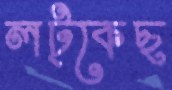
লট্‌কেছ